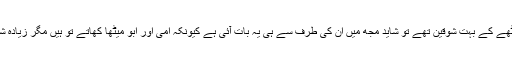
میرے دادا میٹھے کے بہت شوقین تھے تو شاید مجھ میں ان کی طرف سے ہی یہ بات آئی ہے کیونکہ امی اور ابو میٹھا کھاتے تو ہیں مگر زیادہ شوق سے نہیں۔